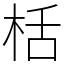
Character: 栝